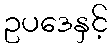
ဥပဒေနှင့်